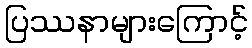
ပြဿနာများကြောင့်